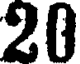
20